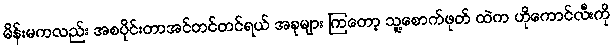
မိန်းမကလည်း အစပိုင်းတာအင်တင်တင်ရယ် အခုများ ကြတော့ သူ့စောက်ဖုတ် ထဲက ဟိုကောင်လီးကို